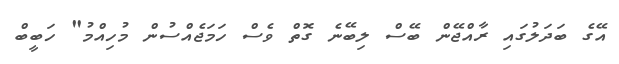
އޭގެ ބަދަލުގައި ރާއްޖޭން ބޭސް ލިބޭނެ ގޮތް ވެސް ހަމަޖެއްސުން މުހިއްމު" ހަބީބް